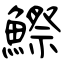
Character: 鰶